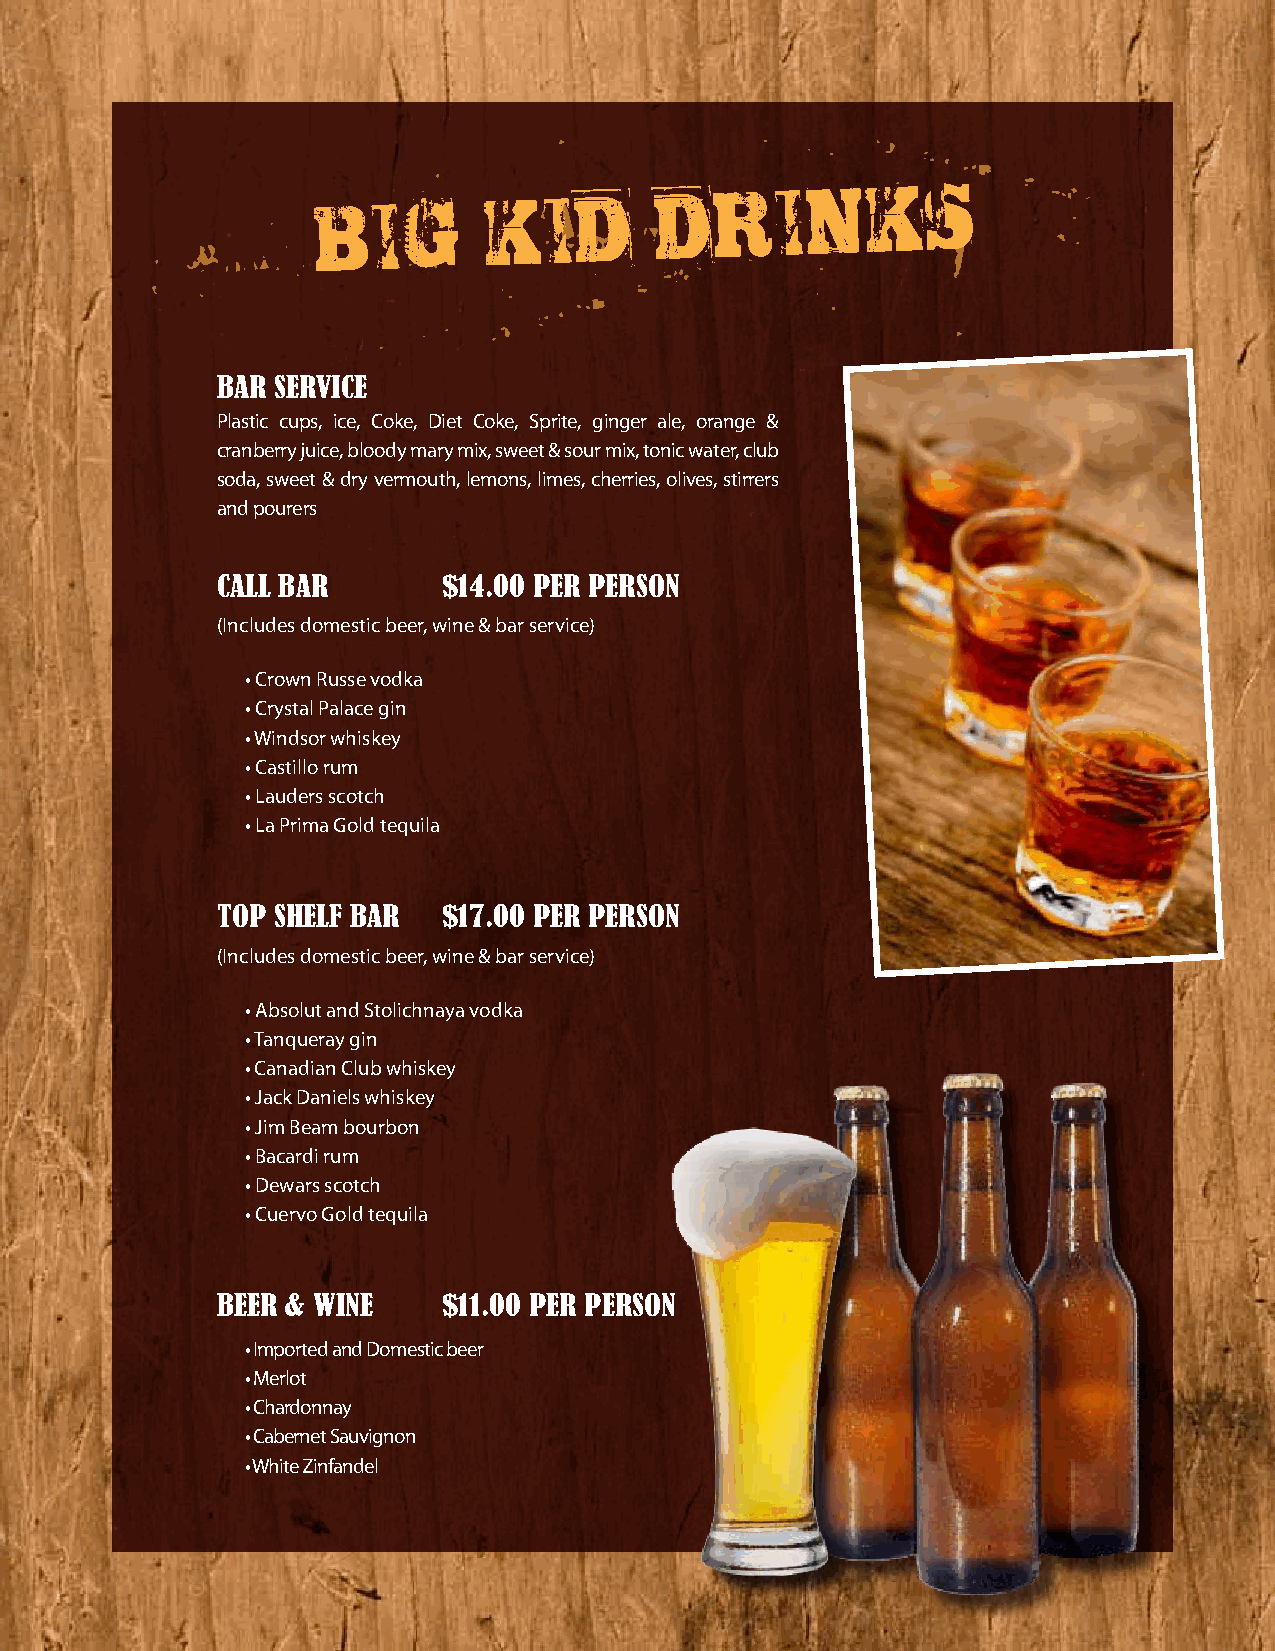
BIG        KID
 DRINKS
 bar service
 Plastic cups, ice, Coke, Diet Coke, Sprite, ginger ale, orange &
 cranberry juice, bloody mary mix, sweet & sour mix, tonic water, club
 soda, sweet & dry vermouth, lemons, limes, cherries, olives, stirrers
 and pourers
 call bar       $14.00 Per Person
 (Includes domestic beer, wine & bar service)
 • Crown Russe vodka
 • Crystal Palace gin
 • Windsor whiskey
 • Castillo rum
 • Lauders scotch
 • La Prima Gold tequila
 toP shelf bar  $17.00 Per Person
 (Includes domestic beer, wine & bar service)
 • Absolut and Stolichnaya vodka
 • Tanqueray gin
 • Canadian Club whiskey
 • Jack Daniels whiskey
 • Jim Beam bourbon
 • Bacardi rum
 • Dewars scotch
 • Cuervo Gold tequila
 beer & Wine    $11.00 Per Person
 • Imported and Domestic beer
 • Merlot
 • Chardonnay
 • Cabernet Sauvignon
 • White Zinfandel